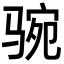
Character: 𩧻